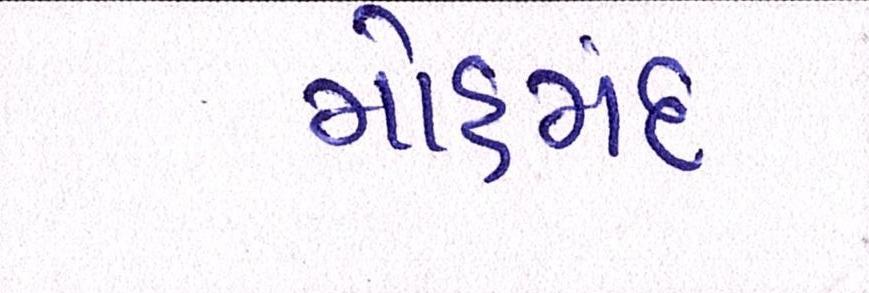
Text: મોહમંદ